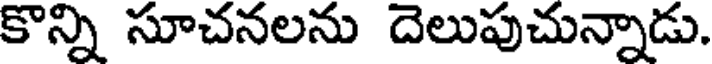
కొన్ని సూచనలను దెలుపుచున్నాడు.